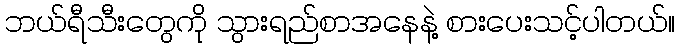
ဘယ်ရီသီးတွေကို သွားရည်စာအနေနဲ့ စားပေးသင့်ပါတယ်။